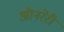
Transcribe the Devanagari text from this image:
ऒनरेरी